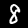
Label: 8